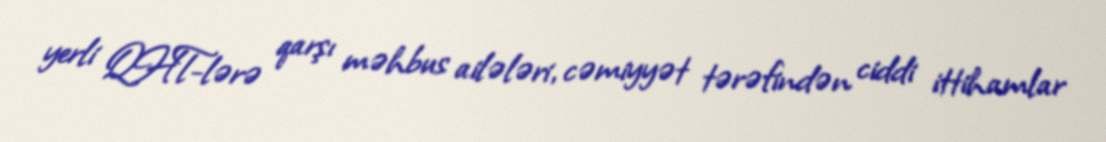
yerli QHT-lərə qarşı məhbus ailələri, cəmiyyət tərəfindən ciddi ittihamlar